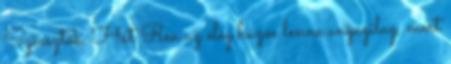
Sziasztok. Hát Rea az elég húzós lenne anyagilag, mert